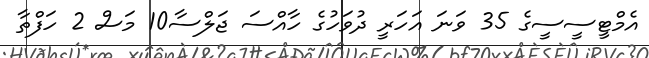
އެމްޓީސީސީގެ 35 ވަނަ އަހަރީ ދުވަހުގެ ހާއްސަ ޖަލްސާ10 މަސް 2 ހަފްތާ